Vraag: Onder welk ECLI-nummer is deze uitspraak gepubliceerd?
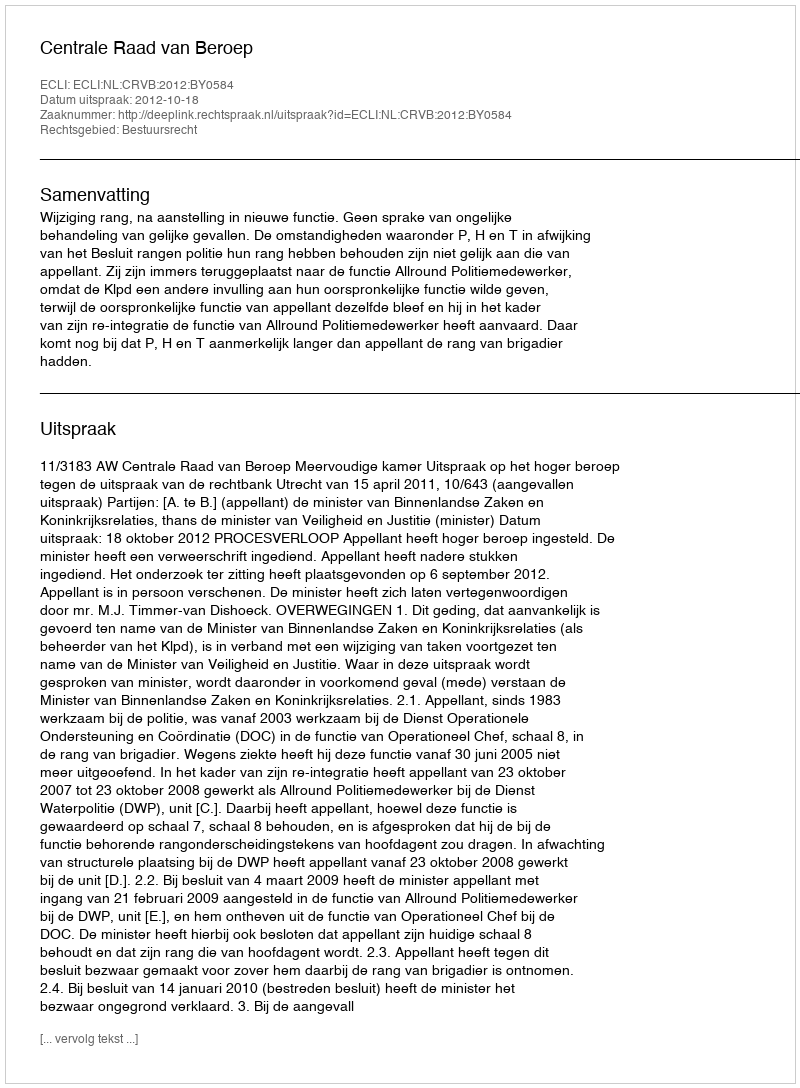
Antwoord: ECLI:NL:CRVB:2012:BY0584